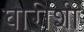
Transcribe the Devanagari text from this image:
घारीशी